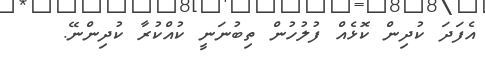
އެފަދަ ކުދިން ކޮޅެއް ފުލުހުން ތިބުނަނީ ކުއްކުރާ ކުދިންނޭ.